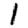
Digit: 1